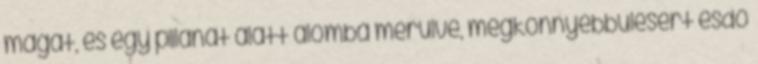
magát, és egy pillanat alatt álomba merülve, megkönnyebbülésért esdő